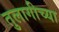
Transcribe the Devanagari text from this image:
तुलागीच्या